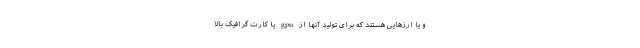
و یا ارزهایی هستند که برای تولید آنها از gpu یا کارت گرافیک بالا